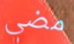
مضي